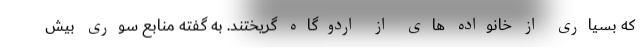
که بسیاری از خانواده های از اردوگاه گریختند. به گفته منابع سوری بیش